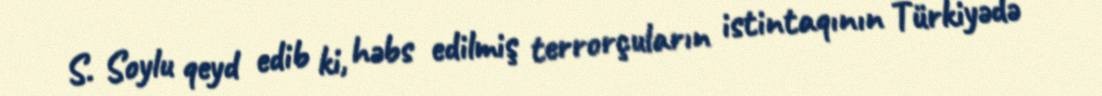
S. Soylu qeyd edib ki, həbs edilmiş terrorçuların istintaqının Türkiyədə